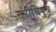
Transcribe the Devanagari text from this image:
मरीचिपुत्र